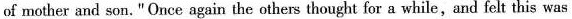
of mother and son." Once again the others thought for a while,and felt this was